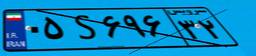
۶۶S۰۲۹۵۶